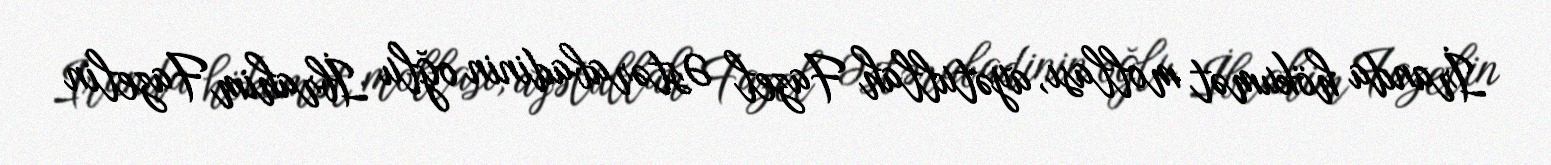
İranda hökumət mollası, ayətullah Fazel Əstərabadinin oğlu İbrahim Fazelin